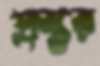
প্রস্তর